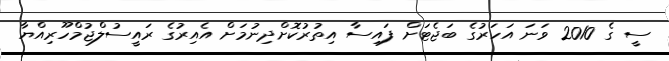
ސީ ގެ 2010 ވަނަ އަހަރުގެ ބަޖެޓަށް ފައިސާ އިތުރުކޮށްދިނުމަށް އެއިރުގެ ރައީސުލްޖުމްހޫރިއްޔާ